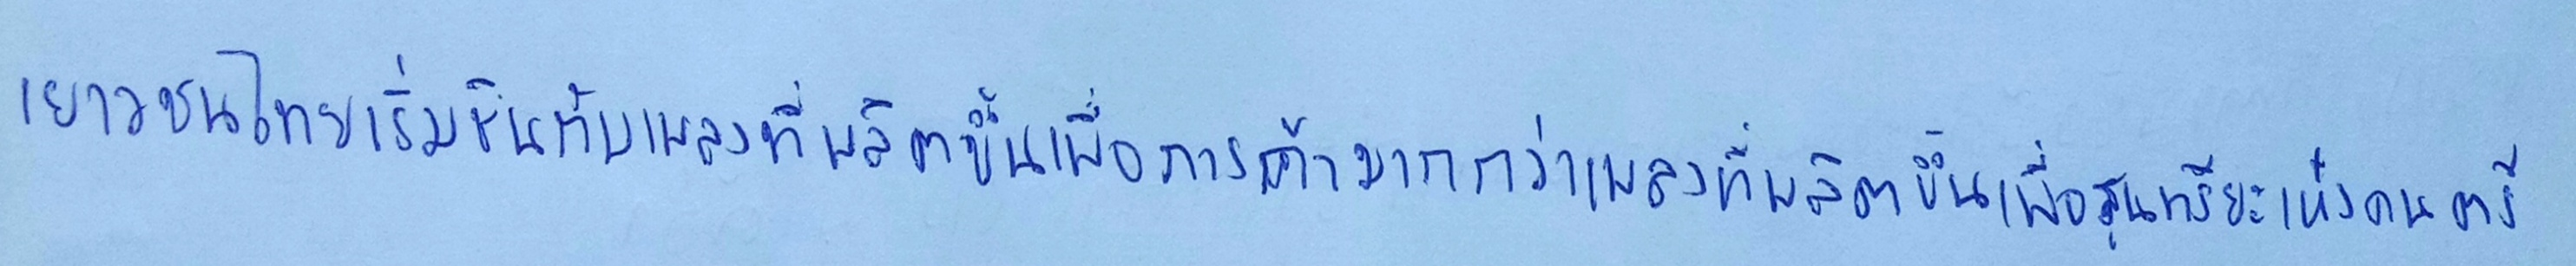
เยาวชนไทยเริ่มชินกับเพลงที่ผลิตขึ้นเพื่อการค้ามากกว่าเพลงที่ผลิตขึ้นเพื่อสุนทรียะแห่งดนตรี